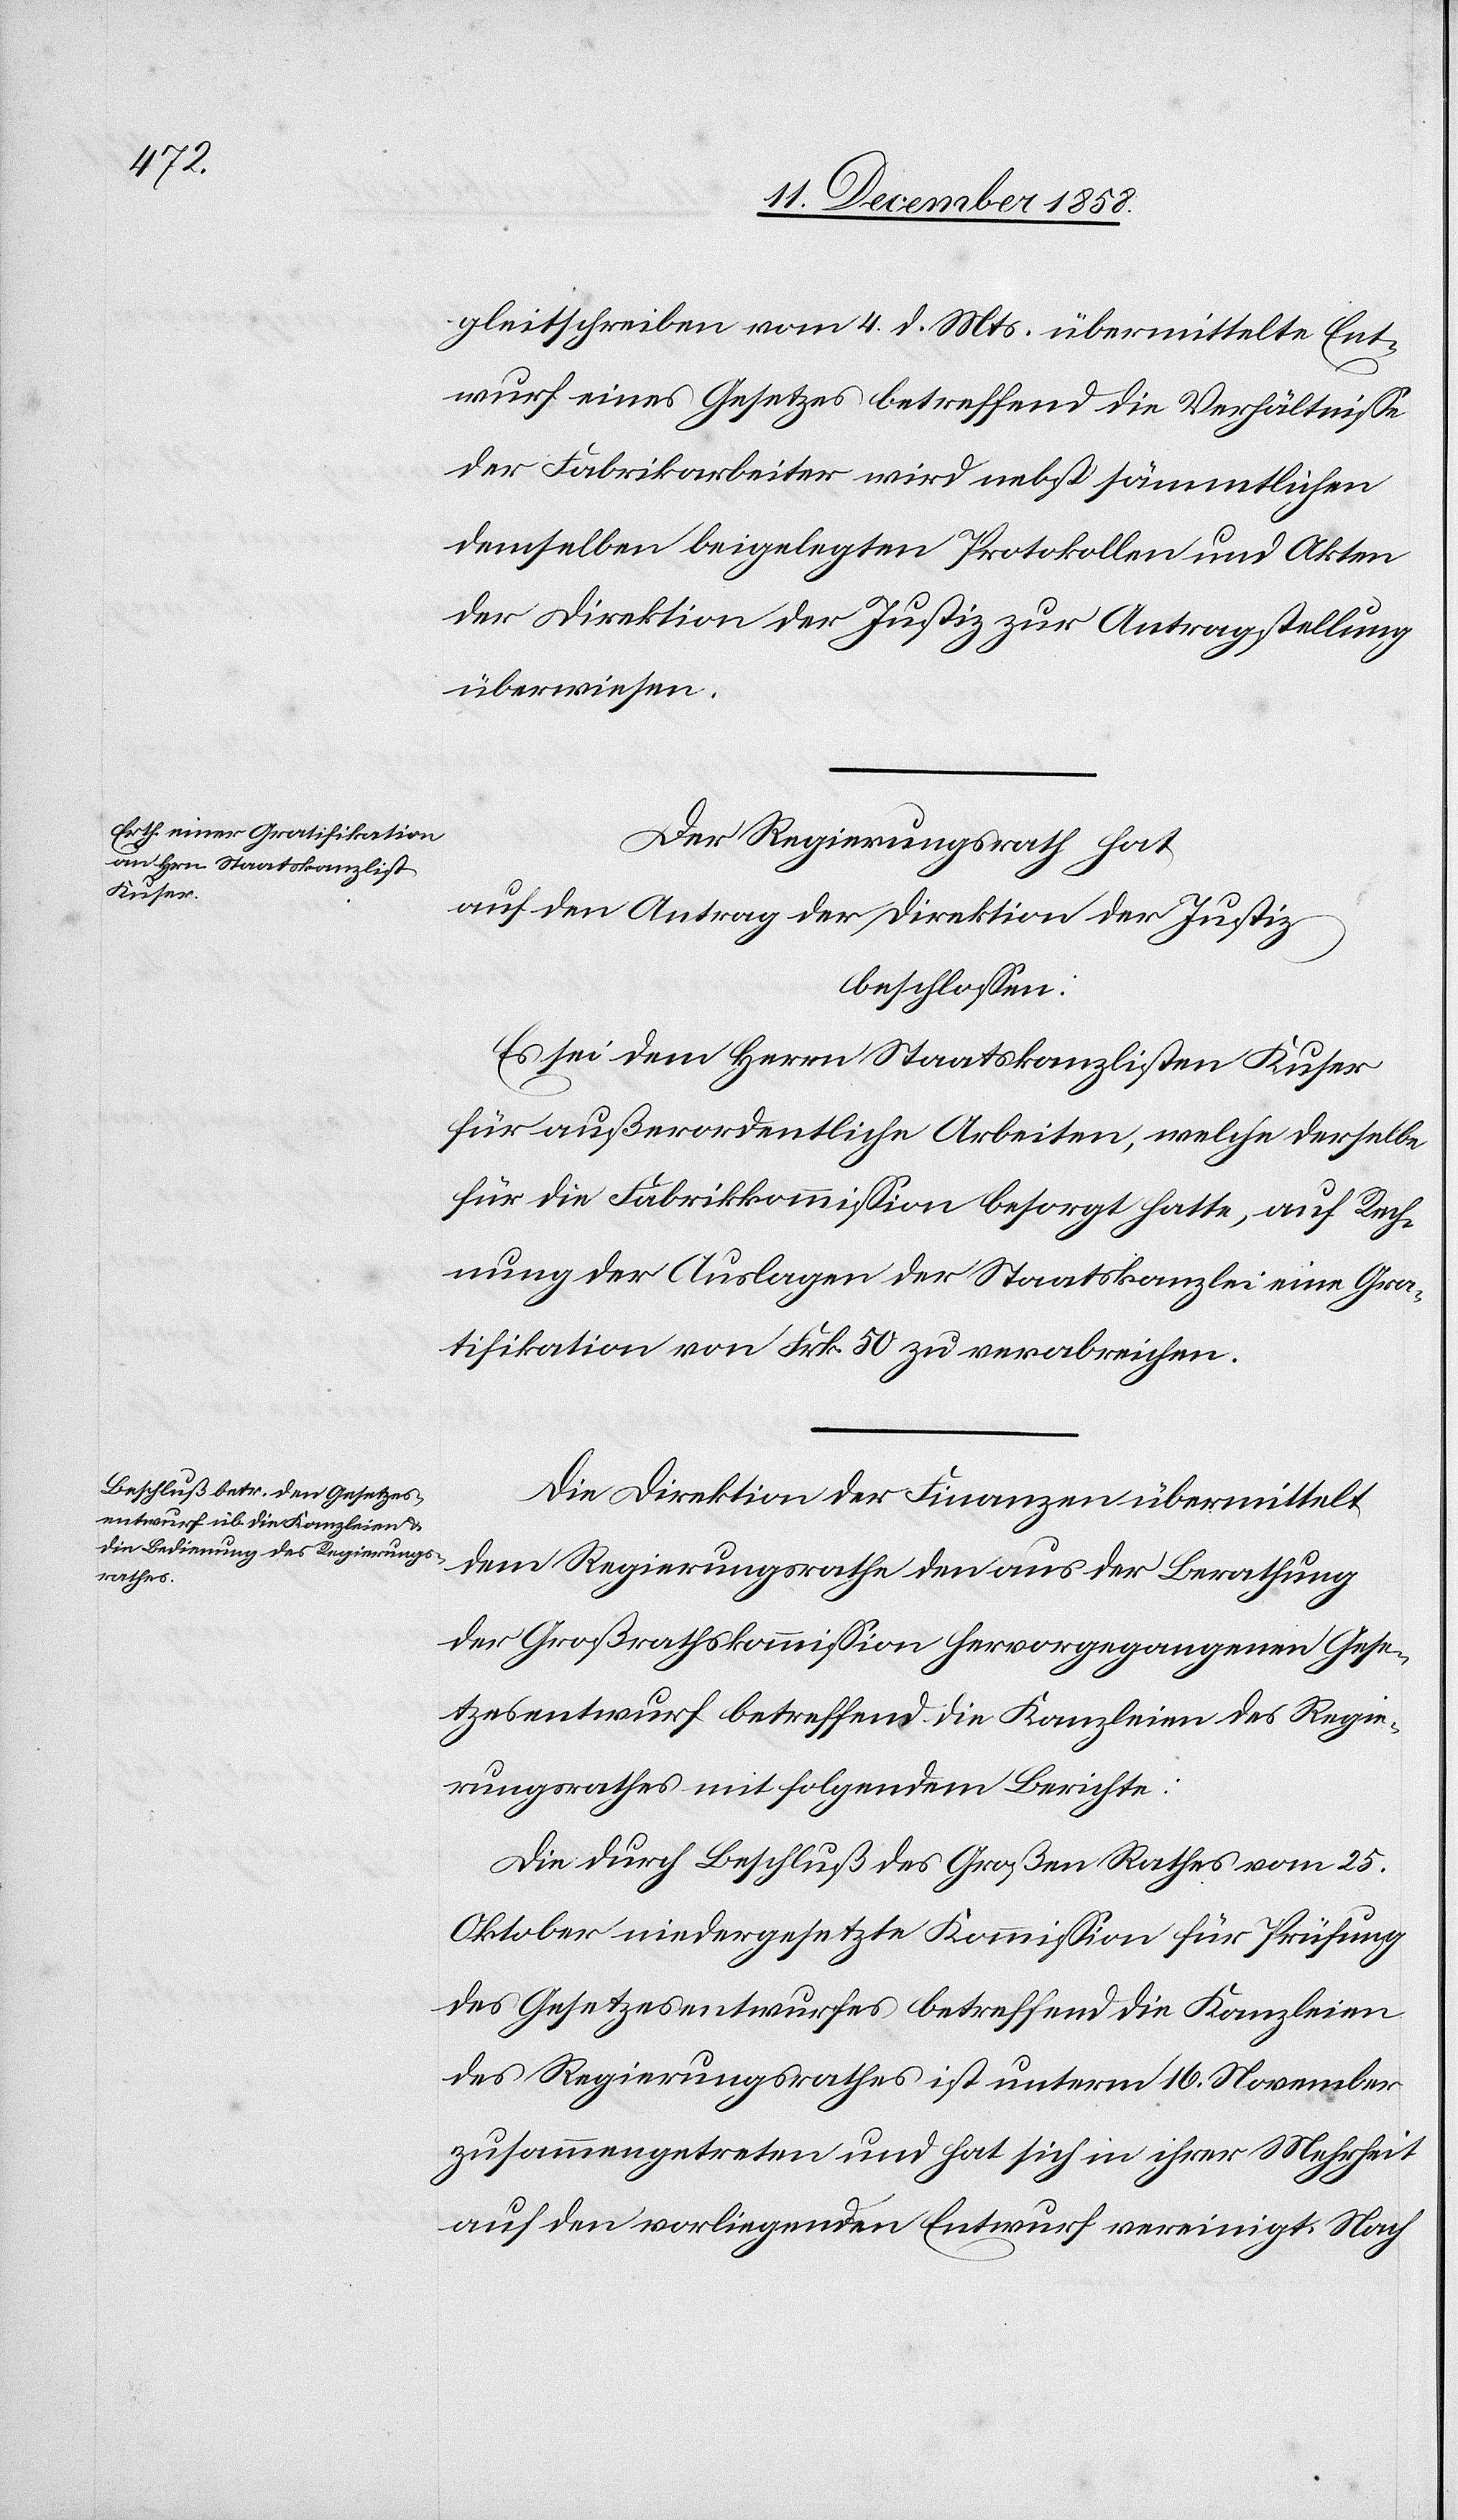
gleitschreiben vom 4. d. Mts. übermittelte Ent¬
wurf eines Gesetzes betreffend die Verhältnisse
der Fabrikarbeiter wird nebst sämmtlichen
demselben beigelegten Protokollen und Akten
der Direktion der Justiz zur Antragstellung
überwiesen.
Der Regierungsrath hat
auf den Antrag der Direktion der Justiz
beschlossen:
Es sei dem Herrn Staatskanzlisten Kuser
für außerordentliche Arbeiten, welche derselbe
für die Fabrikkommission besorgt hatte, auf Rech¬
nung der Auslagen der Staatskanzlei eine Gra¬
tifikation von Frk. 50 zu verabreichen.
Die Direktion der Finanzen übermittelt
dem Regierungsrathe den aus der Berathung
der Großrathskommission hervorgegangenen Gese¬
tzesentwurf betreffend die Kanzleien des Regie¬
rungsrathes mit folgendem Berichte:
Die durch Beschluß des Großen Rathes vom 25.
Oktober niedergesetzte Kommission für Prüfung
des Gesetzesentwurfes betreffend die Kanzleien
des Regierungsrathes ist unterm 16. November
zusammengetreten und hat sich in ihrer Mehrheit
auf den vorliegenden Entwurf vereinigt. Nach